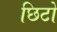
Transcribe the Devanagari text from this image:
छिटो